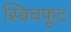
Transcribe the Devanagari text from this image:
स्विचफूट